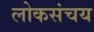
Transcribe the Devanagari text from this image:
लोकसंचय